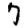
Digit: 7